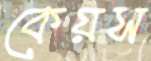
কেয়স